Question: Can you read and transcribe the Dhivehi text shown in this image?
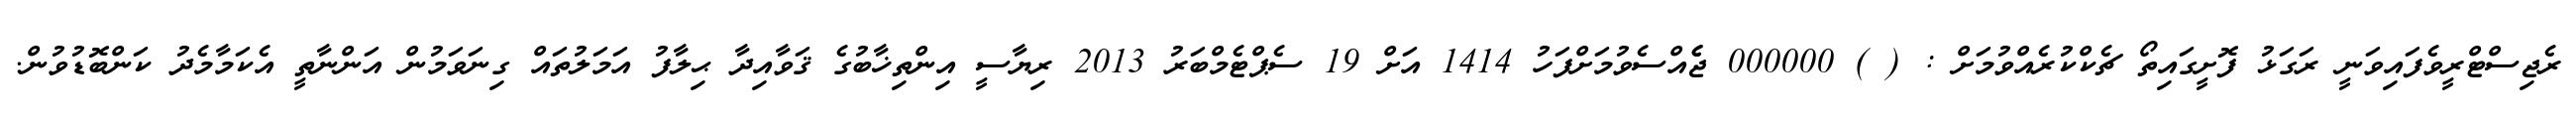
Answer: ރެޖިސްޓްރީވެފައިވަނީ ރަގަޅު ފޮށީގައިތޯ ޗެކްކުރެއްވުމަށް : ( ) 000000 ޖެެއްސެވުމަށްފަހު 1414 އަށް 19 ސެޕްޓެމްބަރު 2013 ރިޔާސީ އިންތިޚާބުގެ ޤަވާއިދާ ޙިލާފު އަމަލުތައް ގިނަވަމުން އަންނާތީ އެކަމާމެދު ކަންބޮޑުވުން.